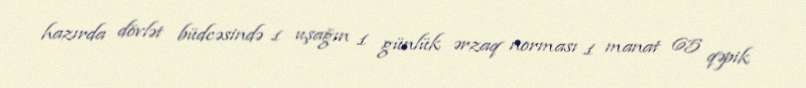
hazırda dövlət büdcəsində 1 uşağın 1 günlük ərzaq norması 1 manat 65 qəpik